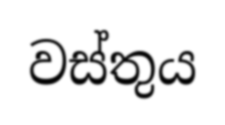
වස්තුය